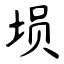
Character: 埙